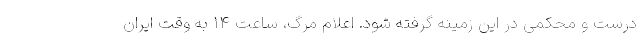
درست و محکمی در این زمینه گرفته شود. اعلام مرگ، ساعت ۱۴ به وقت ایران